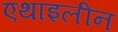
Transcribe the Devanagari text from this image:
एथाइलीन